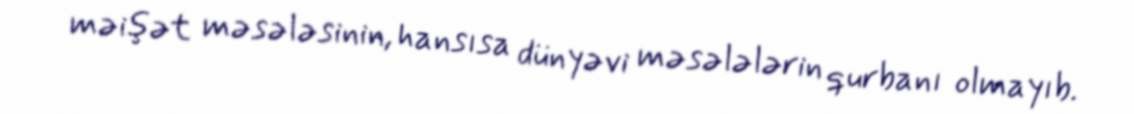
məişət məsələsinin, hansısa dünyəvi məsələlərin qurbanı olmayıb.